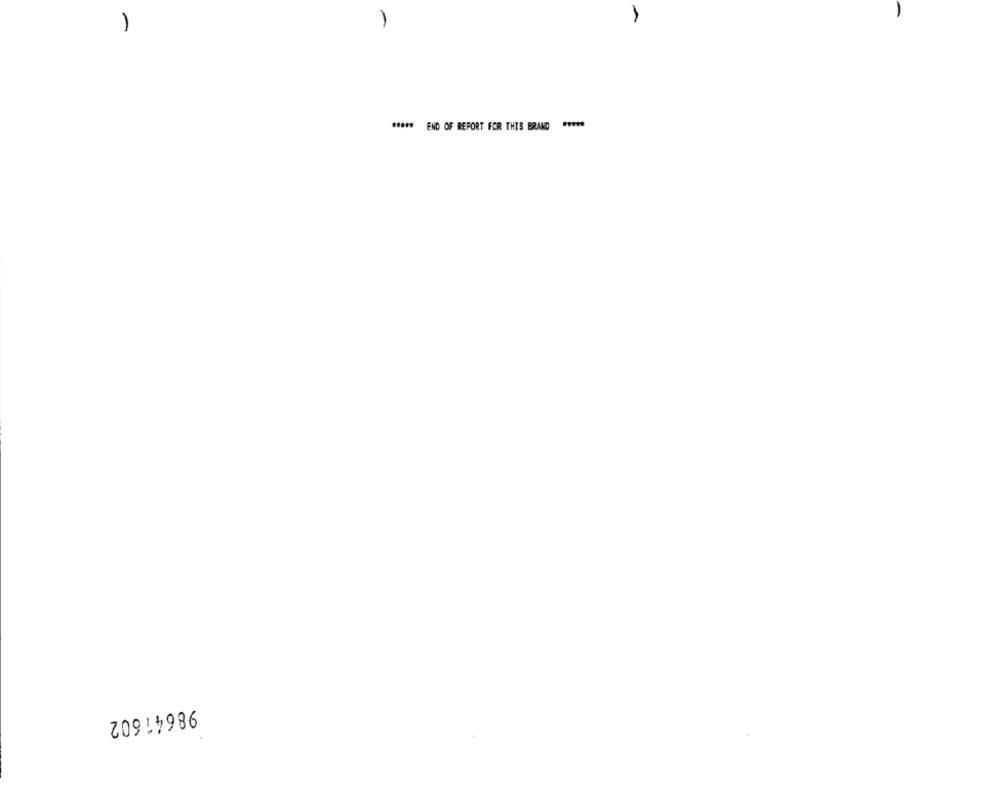
1
# END OF REPORT FOR THIS BRAND "
98641602